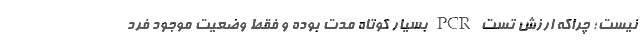
نیست؛ چراکه ارزش تست PCR بسیار کوتاه مدت بوده و فقط وضعیت موجود فرد